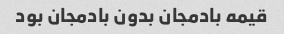
قیمه بادمجان بدون بادمجان بود